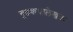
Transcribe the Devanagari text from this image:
गूढकथालेखक